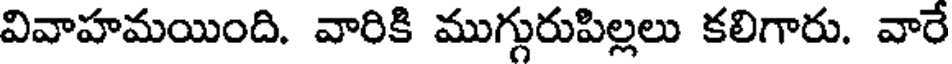
వివాహమయింది. వారికి ముగ్గురుపిల్లలు కలిగారు. వారే